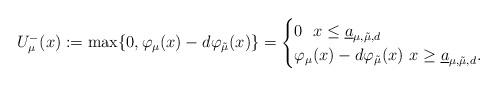
LaTeX: \begin{align*}U_{\mu}^{-}(x):= \max\{ 0, \varphi_{\mu}(x)-d\varphi_{\tilde{\mu}}(x)\}=\begin{cases}0\ \ x\leq \underline{a}_{\mu,\tilde{\mu},d}\\\varphi_{\mu}(x)-d\varphi_{\tilde{\mu}}(x)\ x\geq \underline{a}_{\mu,\tilde{\mu},d}.\end{cases}\end{align*}